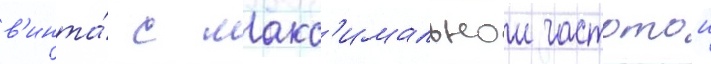
в'инта́ с макс'имальнои частотои